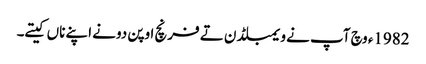
1982ء وچ آپ نے ویمبلڈن تے فرنچ اوپن دونے اپنے ناں کیتے۔